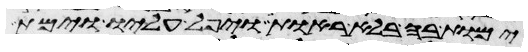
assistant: ימות בה בלא ראות ויפל עליו וימת